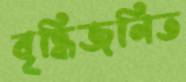
বৃদ্ধিজনিত